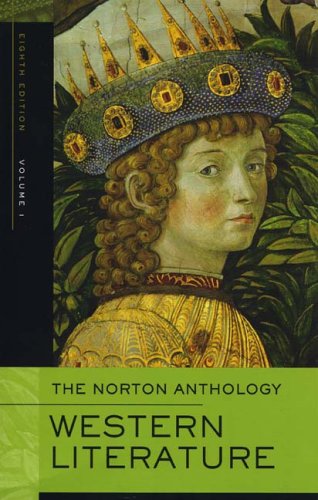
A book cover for The Norton Anthology of Western Literature, Volume 1; Literature & Fiction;